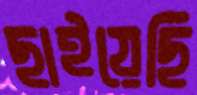
ছাইয়েছি